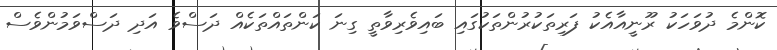
ކޮންމެ ދުވަހަކު ރޫނީއާއެކު ފަރިތަކުރުންތަކުގައި ބައިވެރިވާތީ ގިނަ ކަންތައްތަކެއް ދަސްވެ އަދި ދަސްވަމުންވެސް